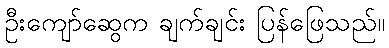
ဦးကျော်ဆွေက ချက်ချင်း ပြန်ဖြေသည်။